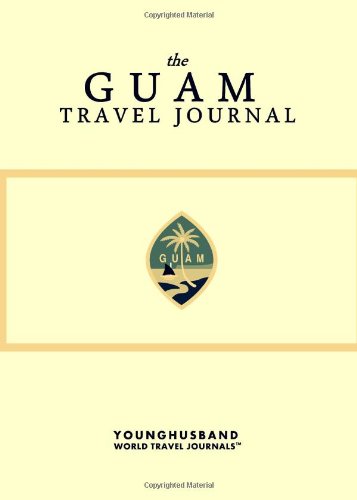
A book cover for The Guam Travel Journal; Younghusband World Travel Journals; Travel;